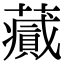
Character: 𧂪